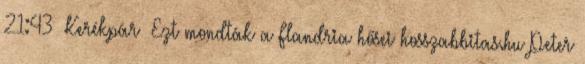
21:43 Kerékpár Ezt mondták a Flandria hősei hosszabbitas.hu Peter